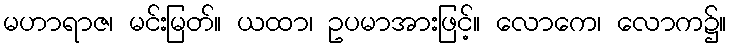
မဟာရာဇ၊ မင်းမြတ်။ ယထာ၊ ဥပမာအားဖြင့်။ လောကေ၊ လောက၌။